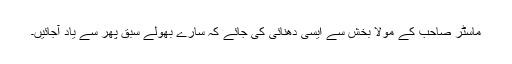
ماسٹر صاحب کے مولا بخش سے ایسی دھنائی کی جائے کہ سارے بھولے سبق پھر سے یاد آجائیں۔